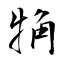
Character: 觕